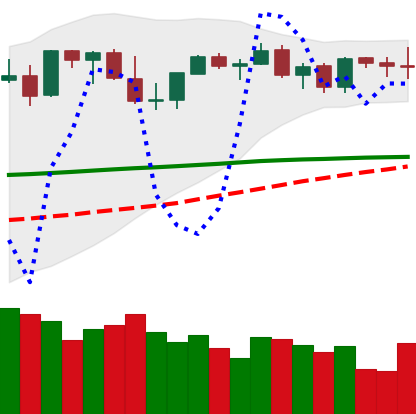
Ticker: ETH-USD
Chart end date: 2021-08-30
Forward return: 20.576%
Label: up_7plus